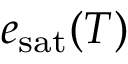
e _ { \mathrm { s a t } } ( T )